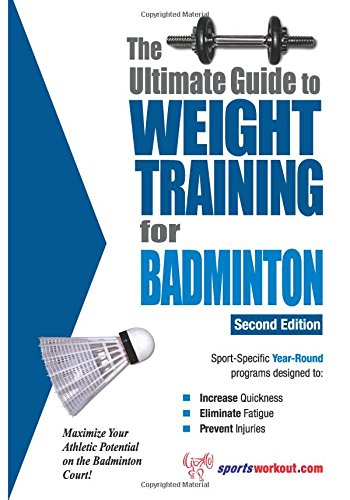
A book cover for The Ultimate Guide to Weight Training for Badminton (The Ultimate Guide to Weight Training for Sports, 2); Rob Price; Sports & Outdoors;